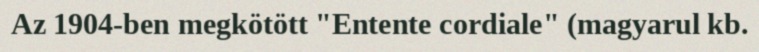
Az 1904-ben megkötött "Entente cordiale" (magyarul kb.